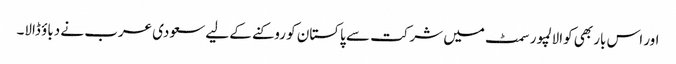
اور اس بار بھی کوالالمپور سمٹ میں شرکت سے پاکستان کو روکنے کے لیے سعودی عرب نے دباؤ ڈالا۔